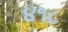
૪૧૮